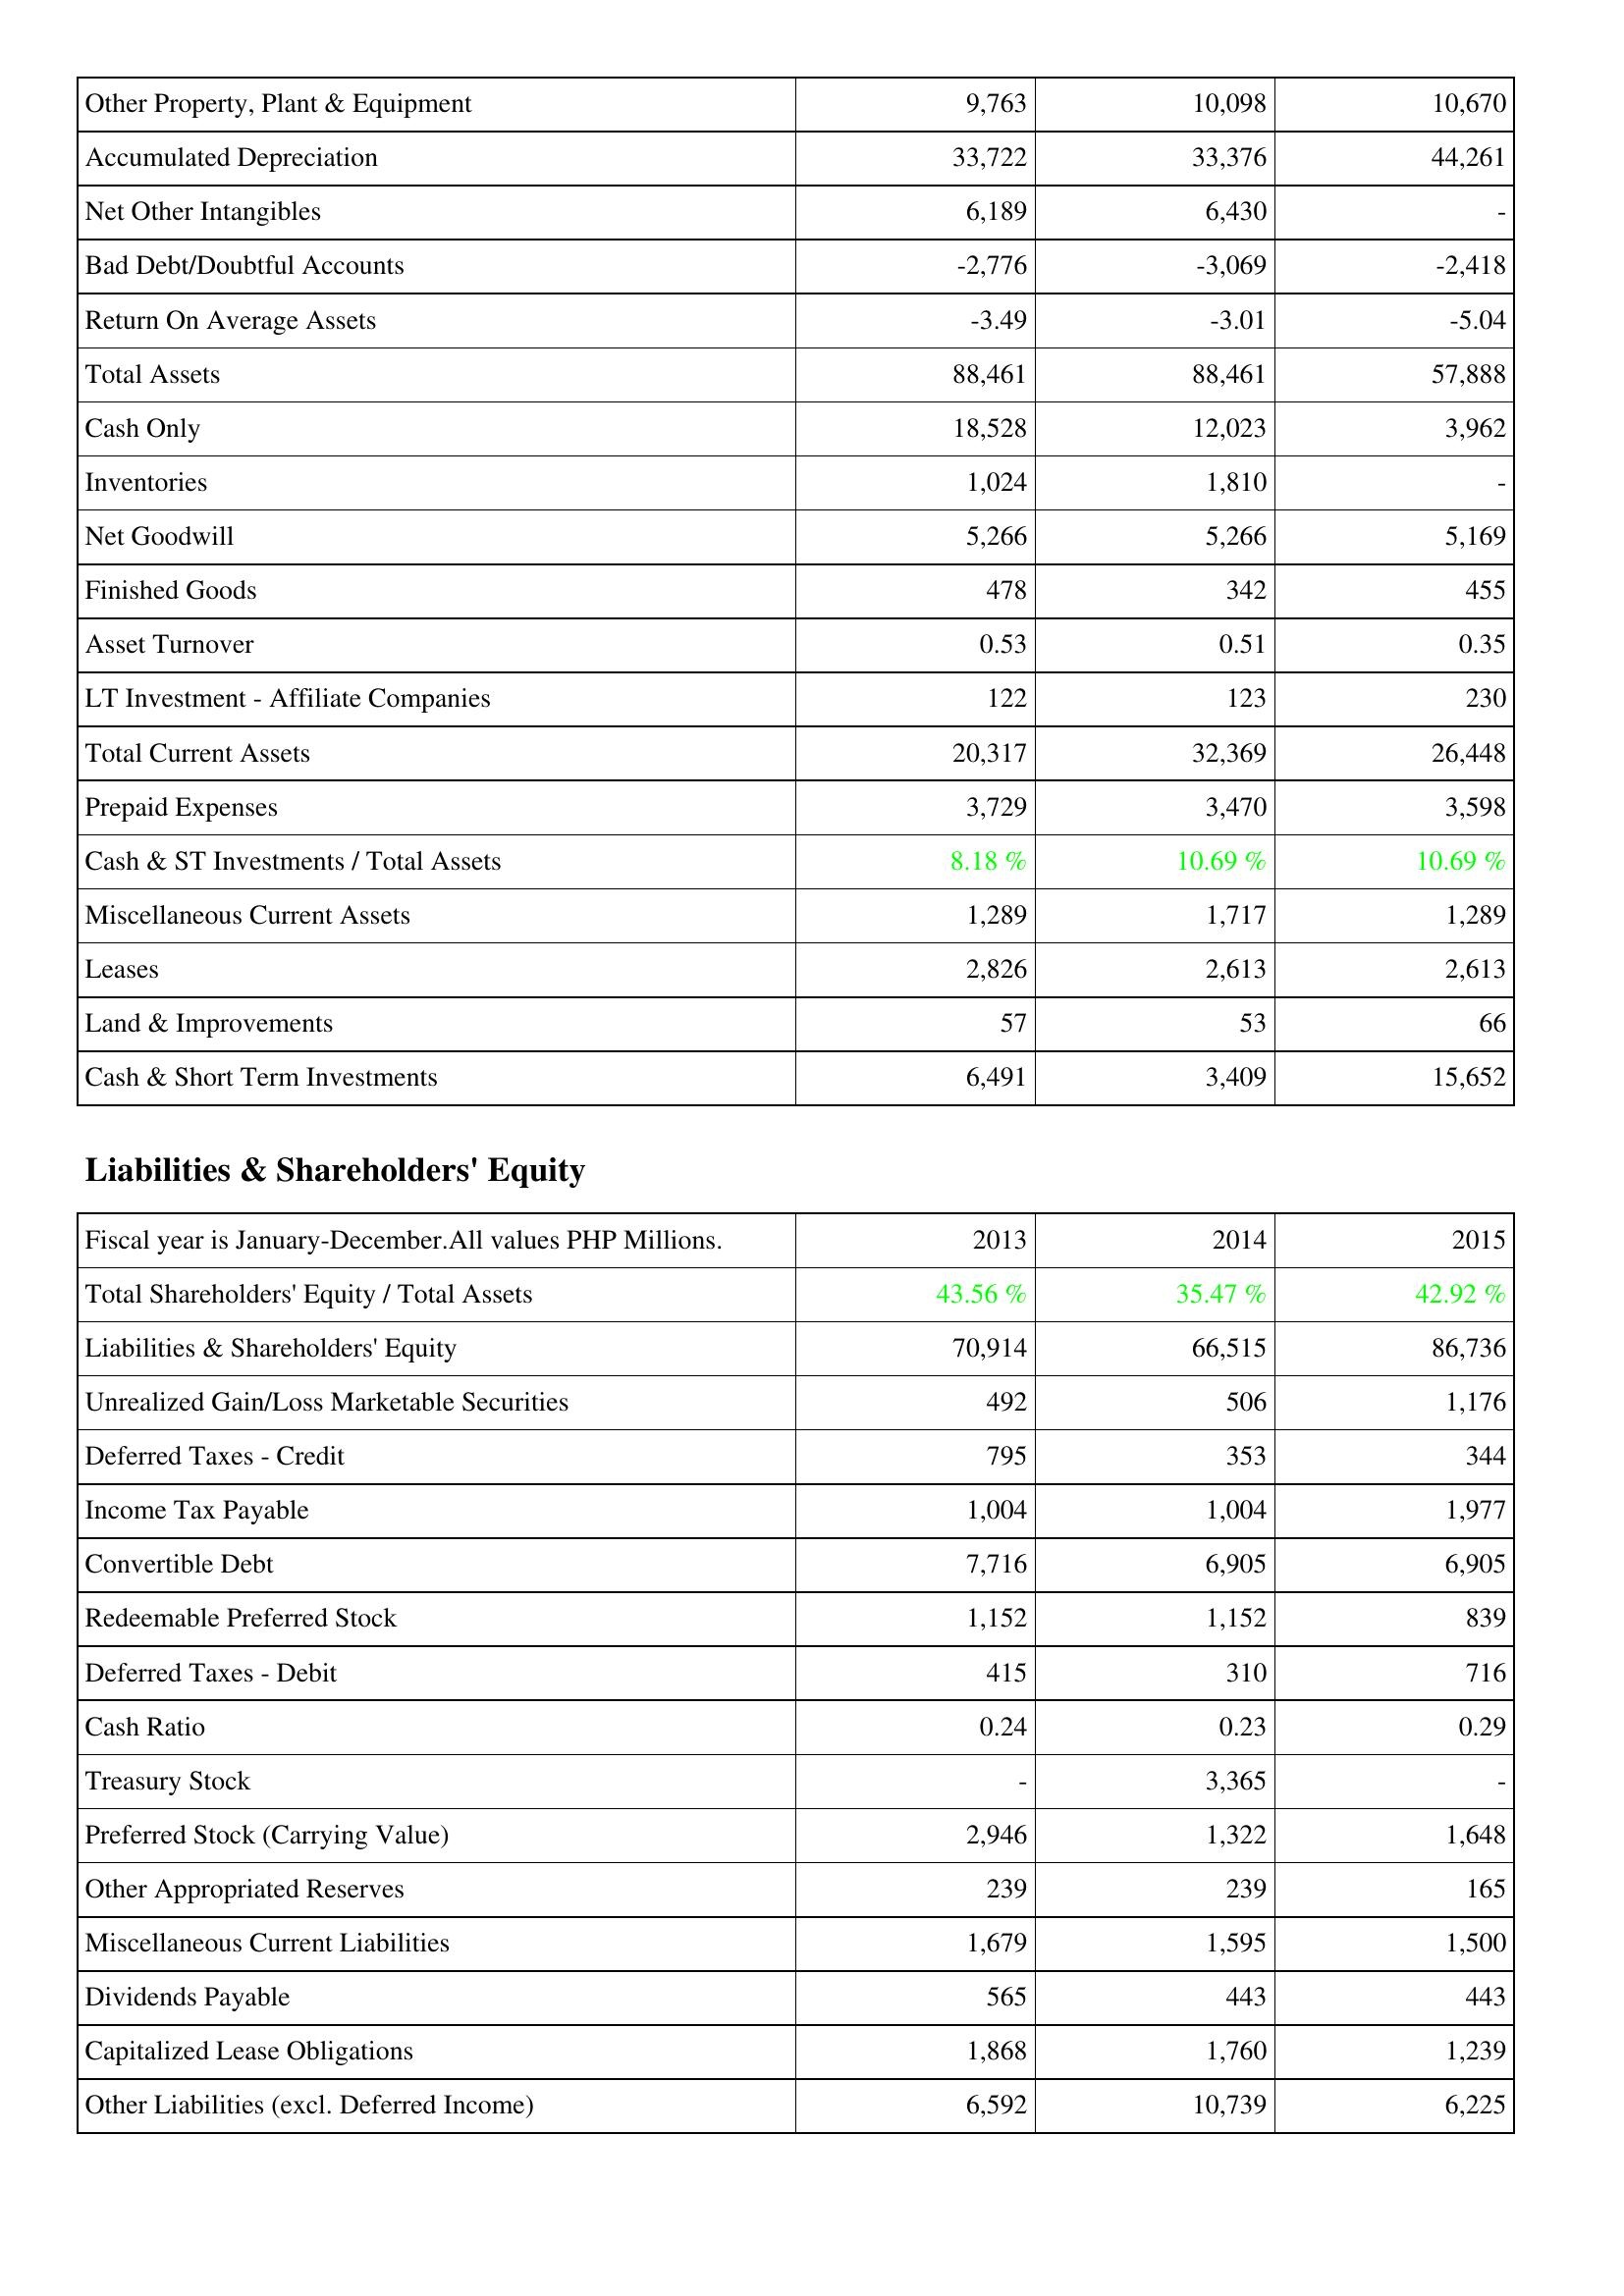
2013: Assets: Other Property, Plant & Equipment: 9,763
Accumulated Depreciation: 33,722
Net Other Intangibles: 6,189
Bad Debt/Doubtful Accounts: -2,776
Return On Average Assets: -3.49
Total Assets: 88,461
Cash Only: 18,528
Inventories: 1,024
Net Goodwill: 5,266
Finished Goods: 478
Asset Turnover: 0.53
LT Investment - Affiliate Companies: 122
Total Current Assets: 20,317
Prepaid Expenses: 3,729
Cash & ST Investments / Total Assets: 8.18 %
Miscellaneous Current Assets: 1,289
Leases: 2,826
Land & Improvements: 57
Cash & Short Term Investments: 6,491
Liabilities & Shareholders' Equity: Total Shareholders' Equity / Total Assets: 43.56 %
Liabilities & Shareholders' Equity: 70,914
Unrealized Gain/Loss Marketable Securities: 492
Deferred Taxes - Credit: 795
Income Tax Payable: 1,004
Convertible Debt: 7,716
Redeemable Preferred Stock: 1,152
Deferred Taxes - Debit: 415
Cash Ratio: 0.24
Treasury Stock: -
Preferred Stock (Carrying Value): 2,946
Other Appropriated Reserves: 239
Miscellaneous Current Liabilities: 1,679
Dividends Payable: 565
Capitalized Lease Obligations: 1,868
Other Liabilities (excl. Deferred Income): 6,592
2014: Assets: Other Property, Plant & Equipment: 10,098
Accumulated Depreciation: 33,376
Net Other Intangibles: 6,430
Bad Debt/Doubtful Accounts: -3,069
Return On Average Assets: -3.01
Total Assets: 88,461
Cash Only: 12,023
Inventories: 1,810
Net Goodwill: 5,266
Finished Goods: 342
Asset Turnover: 0.51
LT Investment - Affiliate Companies: 123
Total Current Assets: 32,369
Prepaid Expenses: 3,470
Cash & ST Investments / Total Assets: 10.69 %
Miscellaneous Current Assets: 1,717
Leases: 2,613
Land & Improvements: 53
Cash & Short Term Investments: 3,409
Liabilities & Shareholders' Equity: Total Shareholders' Equity / Total Assets: 35.47 %
Liabilities & Shareholders' Equity: 66,515
Unrealized Gain/Loss Marketable Securities: 506
Deferred Taxes - Credit: 353
Income Tax Payable: 1,004
Convertible Debt: 6,905
Redeemable Preferred Stock: 1,152
Deferred Taxes - Debit: 310
Cash Ratio: 0.23
Treasury Stock: 3,365
Preferred Stock (Carrying Value): 1,322
Other Appropriated Reserves: 239
Miscellaneous Current Liabilities: 1,595
Dividends Payable: 443
Capitalized Lease Obligations: 1,760
Other Liabilities (excl. Deferred Income): 10,739
2015: Assets: Other Property, Plant & Equipment: 10,670
Accumulated Depreciation: 44,261
Net Other Intangibles: -
Bad Debt/Doubtful Accounts: -2,418
Return On Average Assets: -5.04
Total Assets: 57,888
Cash Only: 3,962
Inventories: -
Net Goodwill: 5,169
Finished Goods: 455
Asset Turnover: 0.35
LT Investment - Affiliate Companies: 230
Total Current Assets: 26,448
Prepaid Expenses: 3,598
Cash & ST Investments / Total Assets: 10.69 %
Miscellaneous Current Assets: 1,289
Leases: 2,613
Land & Improvements: 66
Cash & Short Term Investments: 15,652
Liabilities & Shareholders' Equity: Total Shareholders' Equity / Total Assets: 42.92 %
Liabilities & Shareholders' Equity: 86,736
Unrealized Gain/Loss Marketable Securities: 1,176
Deferred Taxes - Credit: 344
Income Tax Payable: 1,977
Convertible Debt: 6,905
Redeemable Preferred Stock: 839
Deferred Taxes - Debit: 716
Cash Ratio: 0.29
Treasury Stock: -
Preferred Stock (Carrying Value): 1,648
Other Appropriated Reserves: 165
Miscellaneous Current Liabilities: 1,500
Dividends Payable: 443
Capitalized Lease Obligations: 1,239
Other Liabilities (excl. Deferred Income): 6,225